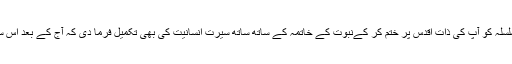
اللہ تعالی نے نبی کریمﷺ کے ذریعہ دین اسلام کی تکمیل ہی نہیں ،بلکہ نبوت اور راہنمائی کے سلسلہ کو آپ کی ذات اقدس پر ختم کر کےنبوت کے خاتمہ کے ساتھ ساتھ سیرت انسانیت کی بھی تکمیل فرما دی کہ آج کے بعد اس سے بہتر ،ارفع واعلی اور اچھے وخوبصورت نمونہ وکردار کا تصور بھی ناممکن اور محال ہے۔